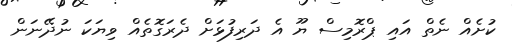
ކުށެއް ނެތް އައި ޕްރޮމިސް ޔޫ އެ ދަރިފުޅަށް ދެރަގޮތެއް ވިޔަކަ ނުދޭނަން